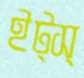
ইট্স্